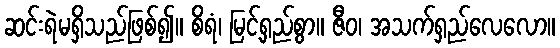
ဆင်းရဲမရှိသည်ဖြစ်၍။ စိရံ၊ မြင့်ရှည်စွာ။ ဇီဝ၊ အသက်ရှည်လေလော။